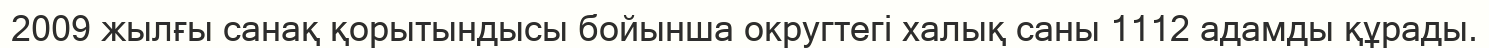
2009 жылғы санақ қорытындысы бойынша округтегі халық саны 1112 адамды құрады.